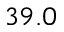
3 9 . 0